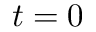
t = 0